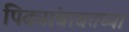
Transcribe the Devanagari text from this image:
पिढ्यांबाबतच्या